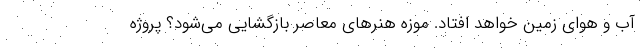
آب و هوای زمین خواهد افتاد. موزه هنرهای معاصر بازگشایی می‌شود؟ پروژه